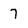
Character: 7